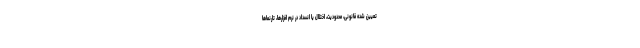
تعیین شده قانونی، محدودیت، اختلال یا انسداد در نرم افزارها، تارنماها